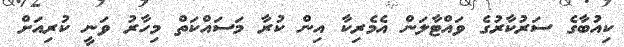
ކިއުބާގެ ސަރުކާރުގެ ވައްޓާލަން އެމެރިކާ އިން ކުރާ މަސައްކަތް މިހާރު ވަނީ ކުރިއަށް